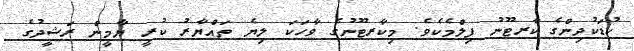
ކުޑަކުދިންގެ ކާރޓޫނު ފިލްމެކެވެ. މިކާރޓޫނުގެ ވާހަކަ ލިޔެ ތައްޔާރު ކުރީ ޔާމީން ރަޝީދުގެ